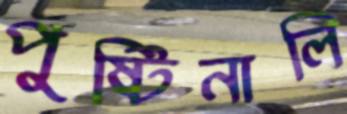
পুষ্টিনালি